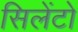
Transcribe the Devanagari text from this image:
सिलेंटो